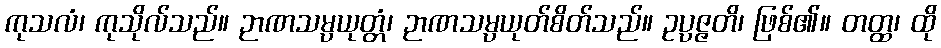
ကုသလံ၊ ကုသိုလ်သည်။ ဉာဏသမ္ပယုတ္တံ၊ ဉာဏသမ္ပယုတ်စိတ်သည်။ ဥပ္ပဇ္ဇတိ၊ ဖြစ်၏။ တတ္ထ၊ ထို